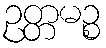
ဥတ္တမဉ္စ